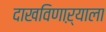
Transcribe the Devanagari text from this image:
दाखविणाऱ्याला